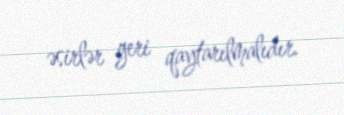
əsirlər geri qaytarılmalıdır.